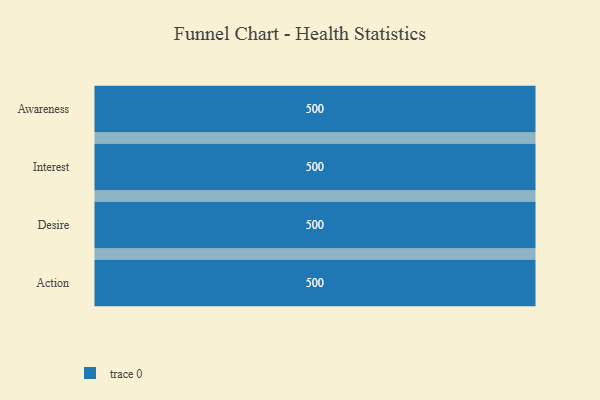
{"axis": {"x": "Stage", "y": "Value"}, "legend": [""], "data": [{"x": "Awareness", "y": 500, "type": ""}, {"x": "Interest", "y": 500, "type": ""}, {"x": "Desire", "y": 500, "type": ""}, {"x": "Action", "y": 500, "type": ""}]}